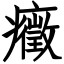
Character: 癥